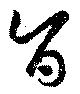
旨